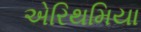
એરિથમિયા